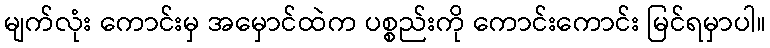
မျက်လုံး ကောင်းမှ အမှောင်ထဲက ပစ္စည်းကို ကောင်းကောင်း မြင်ရမှာပါ။